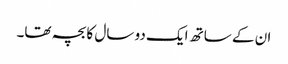
ان کے ساتھ ایک دو سال کا بچہ تھا۔